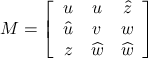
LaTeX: M = \left[ \begin{array} { c c c } { { u } } & { { u } } & { { \widehat { z } } } \\ { { \widehat { u } } } & { { v } } & { { w } } \\ { { z } } & { { \widehat { w } } } & { { \widehat { w } } } \end{array} \right]